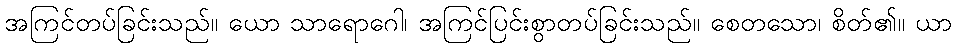
အကြင်တပ်ခြင်းသည်။ ယော သာရောဂေါ၊ အကြင်ပြင်းစွာတပ်ခြင်းသည်။ စေတသော၊ စိတ်၏။ ယာ